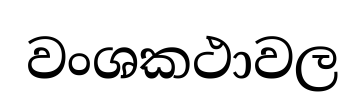
වංශකථාවල